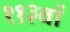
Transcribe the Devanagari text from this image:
११३वॉ